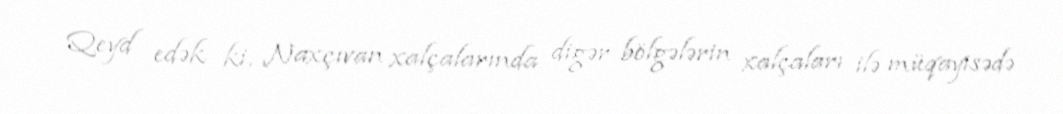
Qeyd edək ki, Naxçıvan xalçalarında digər bölgələrin xalçaları ilə müqayisədə